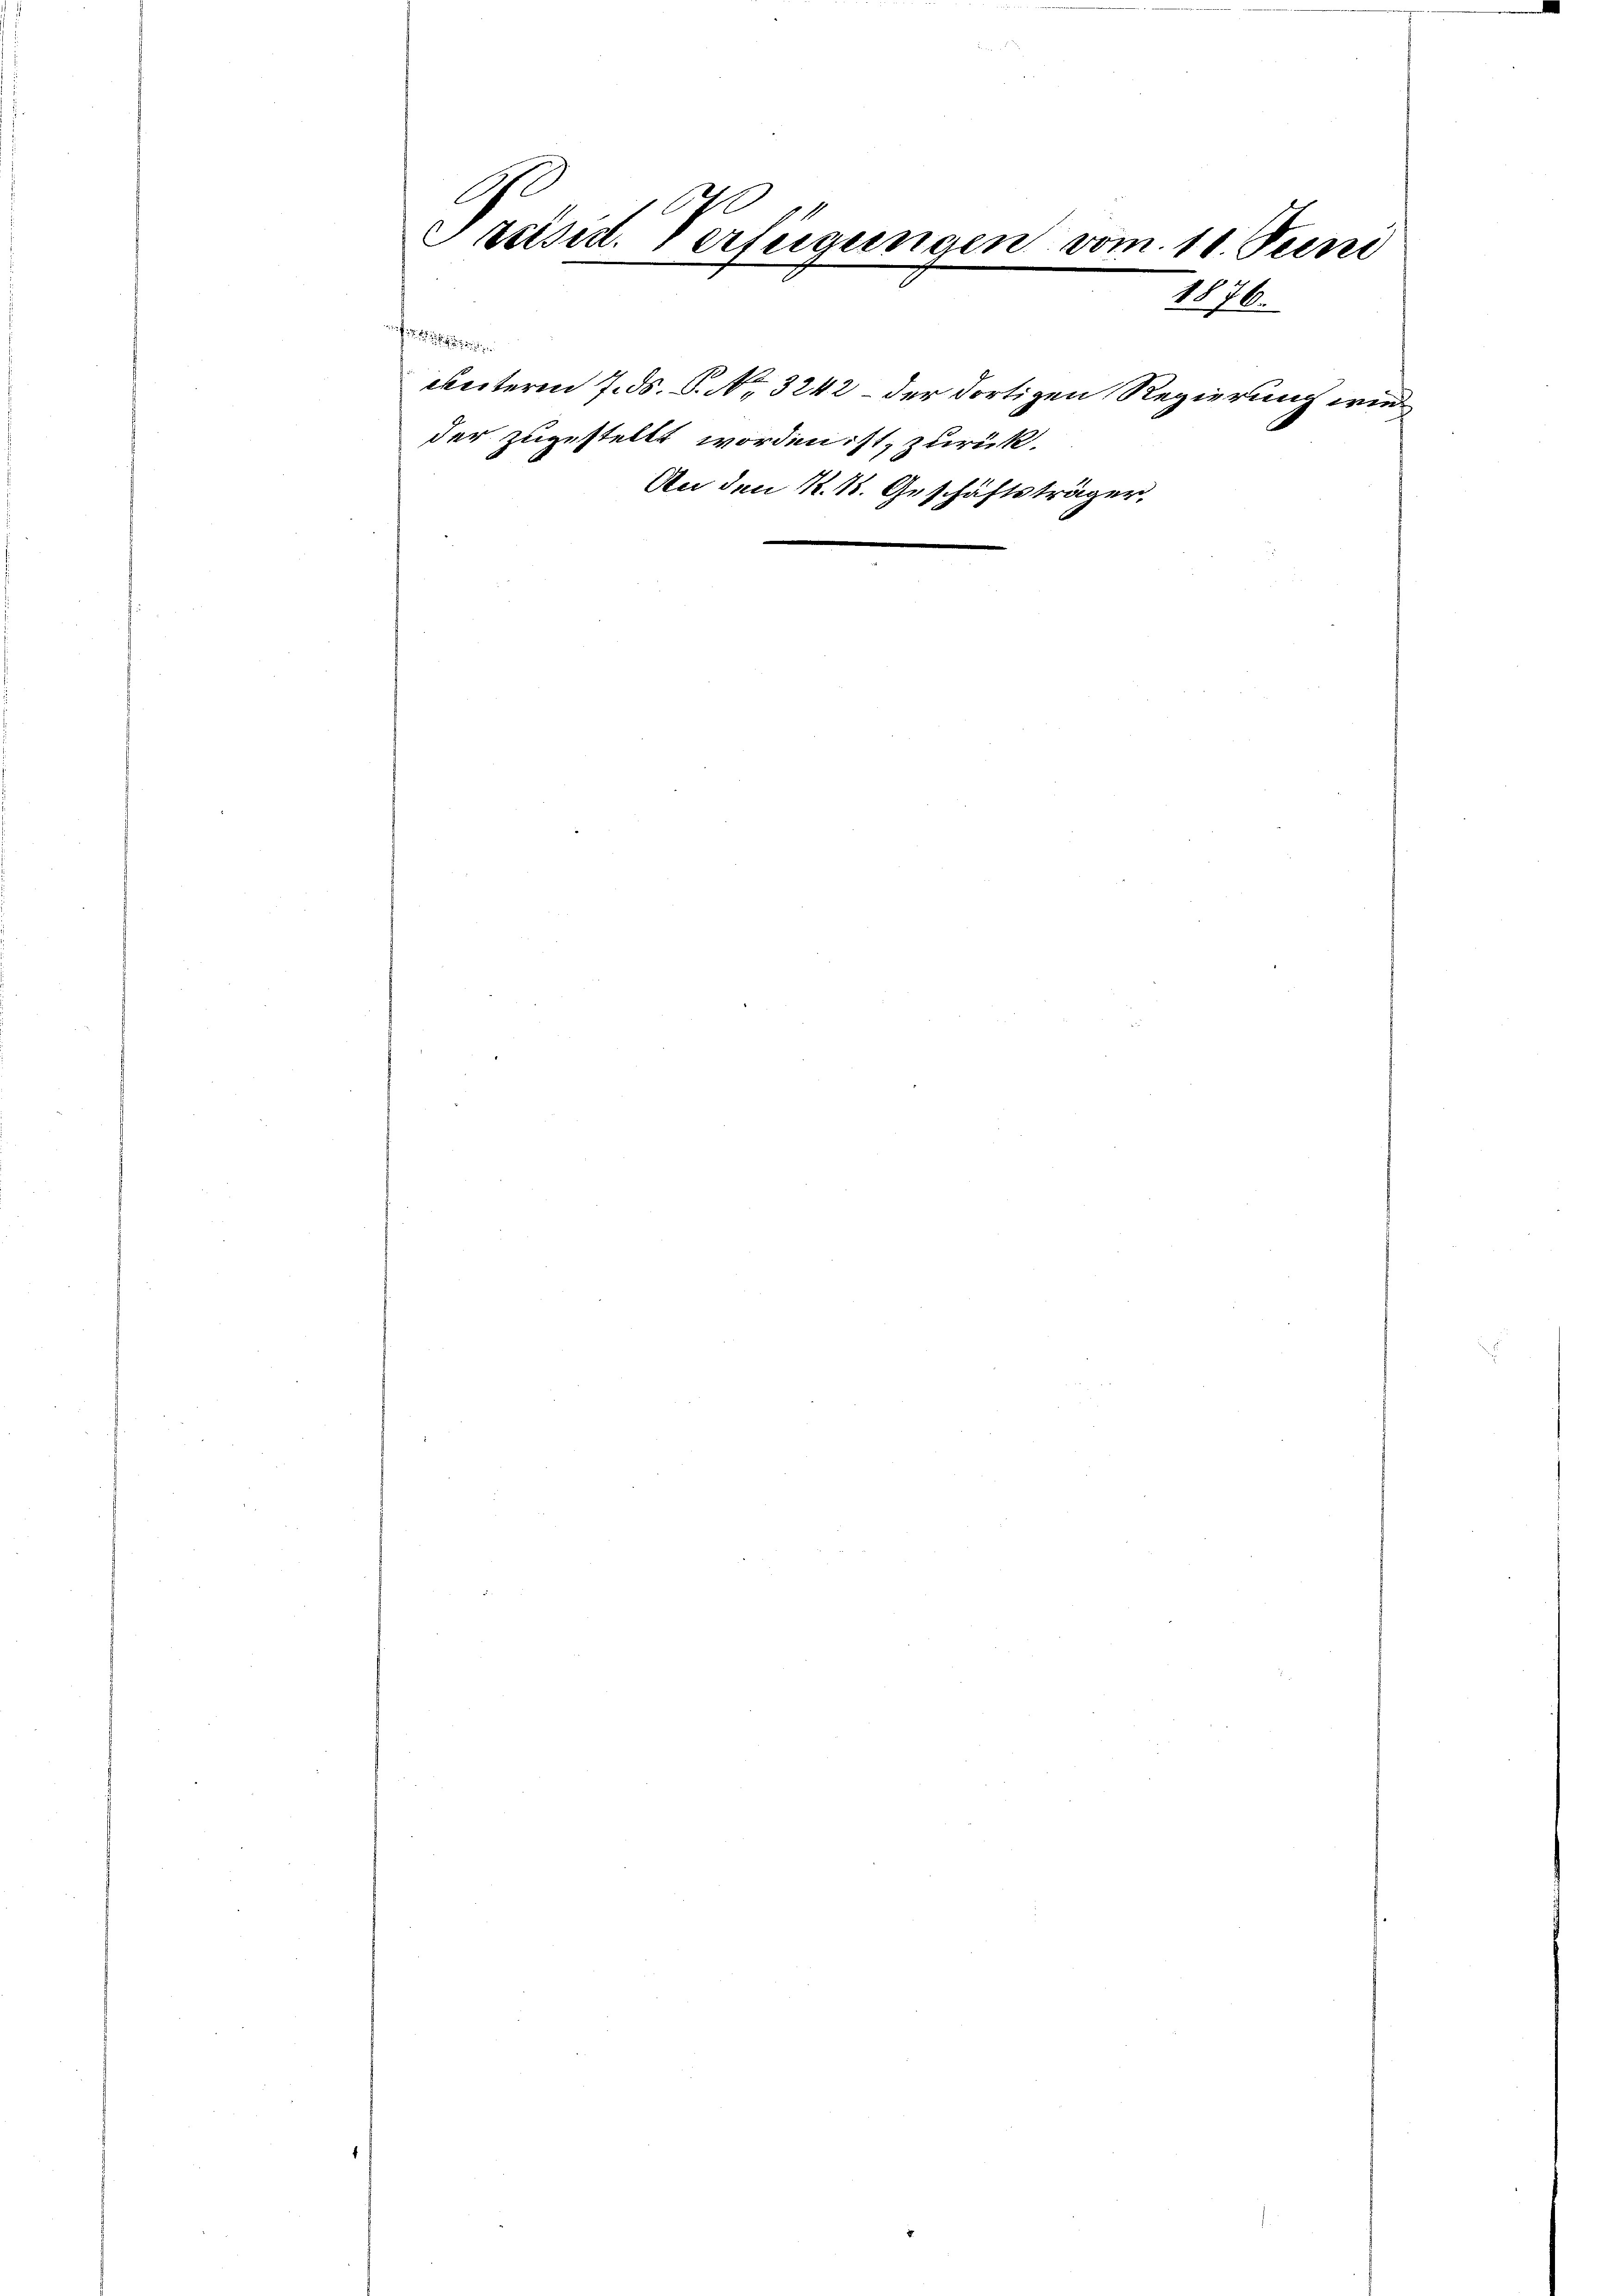
1

Präsid. Verfügungen vom 11. Juni
.

7
n
1876.
Positinsteiner
ekeiteren 7. ds. S. No 3242 – der dortigen Regierung er¬

der zugestellt worden ist, zurück.

An den K. K. Geschäftsträger,